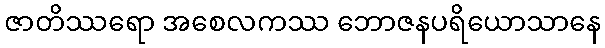
ဇာတိဿရော အစေလကဿ ဘောဇနပရိယောသာနေ